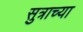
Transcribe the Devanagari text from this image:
सुत्राच्या